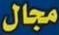
مجال